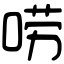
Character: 唠